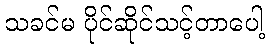
သခင်မ ပိုင်ဆိုင်သင့်တာပေါ့